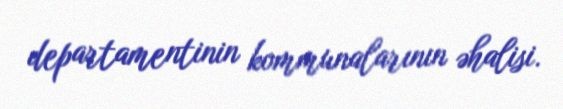
departamentinin kommunalarının əhalisi.